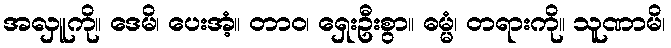
အလှူကို။ ဒေမိ၊ ပေးအံ့။ တာဝ၊ ရှေးဦးစွာ။ ဓမ္မံ၊ တရားကို။ သူဏာမိ၊